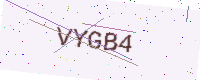
Text: VYGB4